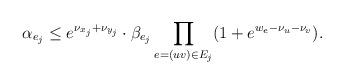
LaTeX: \begin{align*}\alpha_{e_j} \leq e^{\nu_{x_j} + \nu_{y_j}} \cdot \beta_{e_j} \prod_{e = (uv)\in E_j} (1 + e^{w_e - \nu_u - \nu_v}).\end{align*}